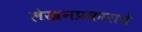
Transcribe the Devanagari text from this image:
लेखनप्रकाराचे